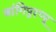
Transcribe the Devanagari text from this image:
वांगिपुरप्पू